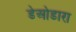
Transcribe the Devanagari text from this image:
डेओडारा